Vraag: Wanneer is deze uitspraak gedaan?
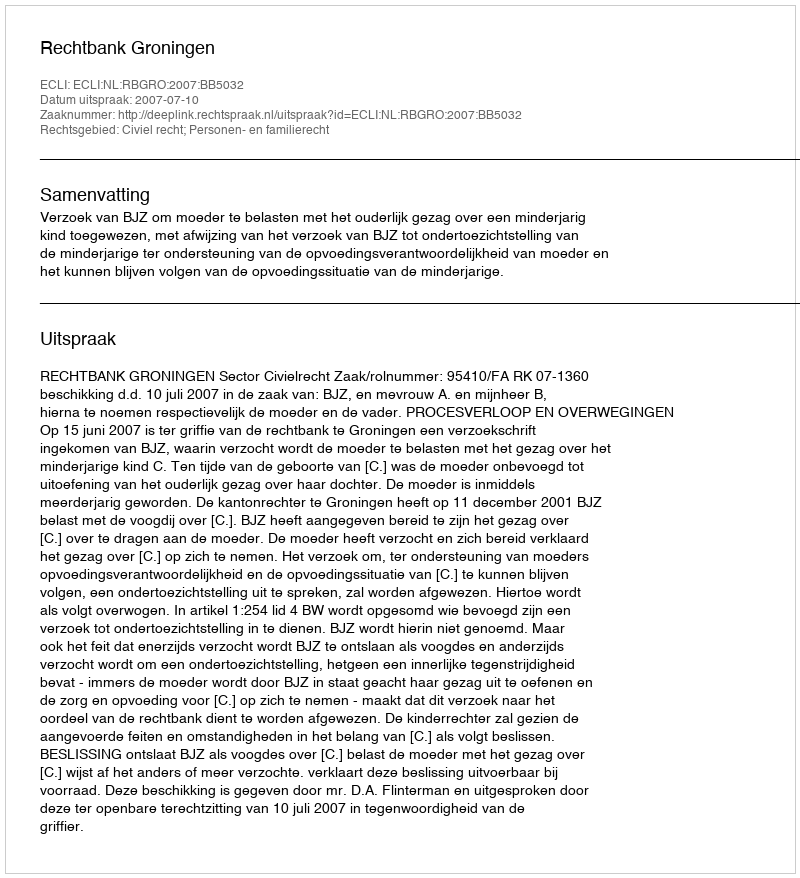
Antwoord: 2007-07-10